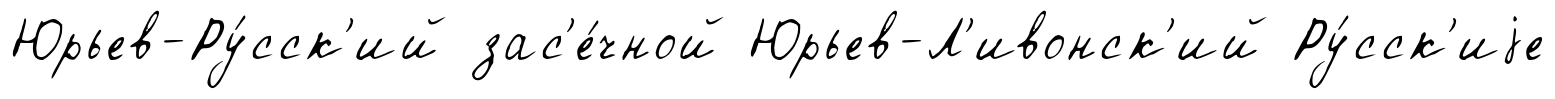
Юрьев-Ру́сск'ий зас'е́чной Юрьев-Л'ивонск'ий Ру́сск'иjе